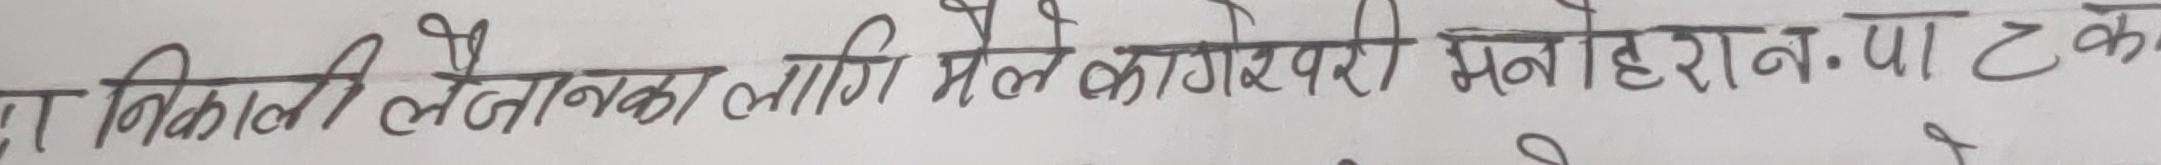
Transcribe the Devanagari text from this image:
रा निकाली लैतेनका लागि मैले कागेश्वरी मनोहरन.पा टक्क